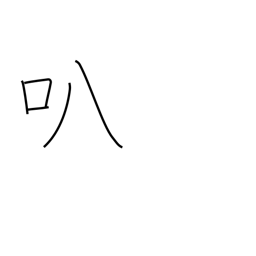
Meaning: open